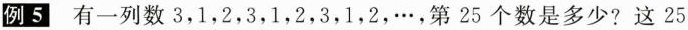
例5有一列数3，1，2，3，1，2，3，1，2，…，第25个数是多少?这25